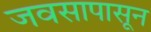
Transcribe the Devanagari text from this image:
जवसापासून